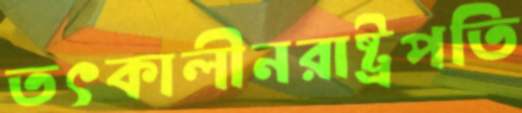
তৎকালীনরাষ্ট্রপতি